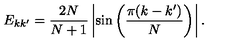
E _ { k k ^ { \prime } } = { \frac { 2 N } { N + 1 } } \left| \sin \left( { \frac { \pi ( k - k ^ { \prime } ) } { N } } \right) \right| .